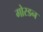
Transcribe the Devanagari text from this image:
गोरडन